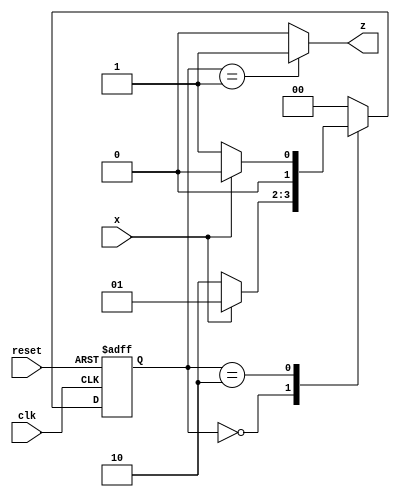
module fsm (
    input clk,
    input reset,
    input x,
    output reg z
);

// Define states
parameter STATE_A = 2'b00;
parameter STATE_B = 2'b01;
parameter STATE_C = 2'b10;

// Define outputs
reg z;

// Define state register and next state logic
reg [1:0] state, next_state;
always @ (posedge clk or posedge reset) begin
    if (reset)
        state <= STATE_A;
    else
        state <= next_state;
end

// State transitions and output logic
always @ (*) begin
    case (state)
        STATE_A: begin
            if (x)
                next_state = STATE_B;
            else
                next_state = STATE_C;
            z = 0;
        end
        STATE_B: begin
            next_state = STATE_A;
            z = 1;
        end
        STATE_C: begin
            if (x)
                next_state = STATE_A;
            else
                next_state = STATE_B;
            z = 0;
        end
        default: begin
            next_state = STATE_A;
            z = 0;
        end
    endcase
end

endmodule